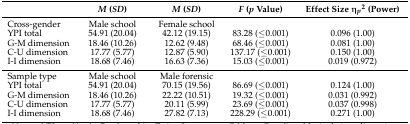
<table><thead><tr><td></td><td><b><i>M</i> (<i>SD</i>)</b></td><td><b><i>M</i> (<i>SD</i>)</b></td><td><b><i>F</i> (<i>p</i> Value)</b></td><td><b>Effect Size η<i><sub>p</sub></i><sup>2</sup> (Power)</b></td></tr></thead><tbody><tr><td>Cross-gender</td><td>Male school</td><td>Female school</td><td></td><td></td></tr><tr><td>YPI total</td><td>54.91 (20.04)</td><td>42.12 (19.15)</td><td>83.28 (≤0.001)</td><td>0.096 (1.00)</td></tr><tr><td>G-M dimension</td><td>18.46 (10.26)</td><td>12.62 (9.48)</td><td>68.46 (≤0.001)</td><td>0.081 (1.00)</td></tr><tr><td>C-U dimension</td><td>17.77 (5.77)</td><td>12.87 (5.90)</td><td>137.17 (≤0.001)</td><td>0.150 (1.00)</td></tr><tr><td>I-I dimension</td><td>18.68 (7.46)</td><td>16.63 (7.36)</td><td>15.03 (≤0.001)</td><td>0.019 (0.972)</td></tr><tr><td>Sample type</td><td>Male school</td><td>Male forensic</td><td></td><td></td></tr><tr><td>YPI total</td><td>54.91 (20.04)</td><td>70.15 (19.56)</td><td>86.69 (≤0.001)</td><td>0.124 (1.00)</td></tr><tr><td>G-M dimension</td><td>18.46 (10.26)</td><td>22.22 (10.51)</td><td>19.32 (≤0.001)</td><td>0.031 (0.992)</td></tr><tr><td>C-U dimension</td><td>17.77 (5.77)</td><td>20.11 (5.99)</td><td>23.69 (≤0.001)</td><td>0.037 (0.998)</td></tr><tr><td>I-I dimension</td><td>18.68 (7.46)</td><td>27.82 (7.13)</td><td>228.29 (≤0.001)</td><td>0.271 (1.00)</td></tr></tbody></table>